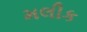
મલીક